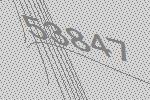
53847